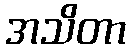
အသိတာ